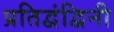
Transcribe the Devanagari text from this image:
प्रतिद्वंद्विनी